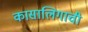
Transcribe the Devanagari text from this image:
कासालिगाची